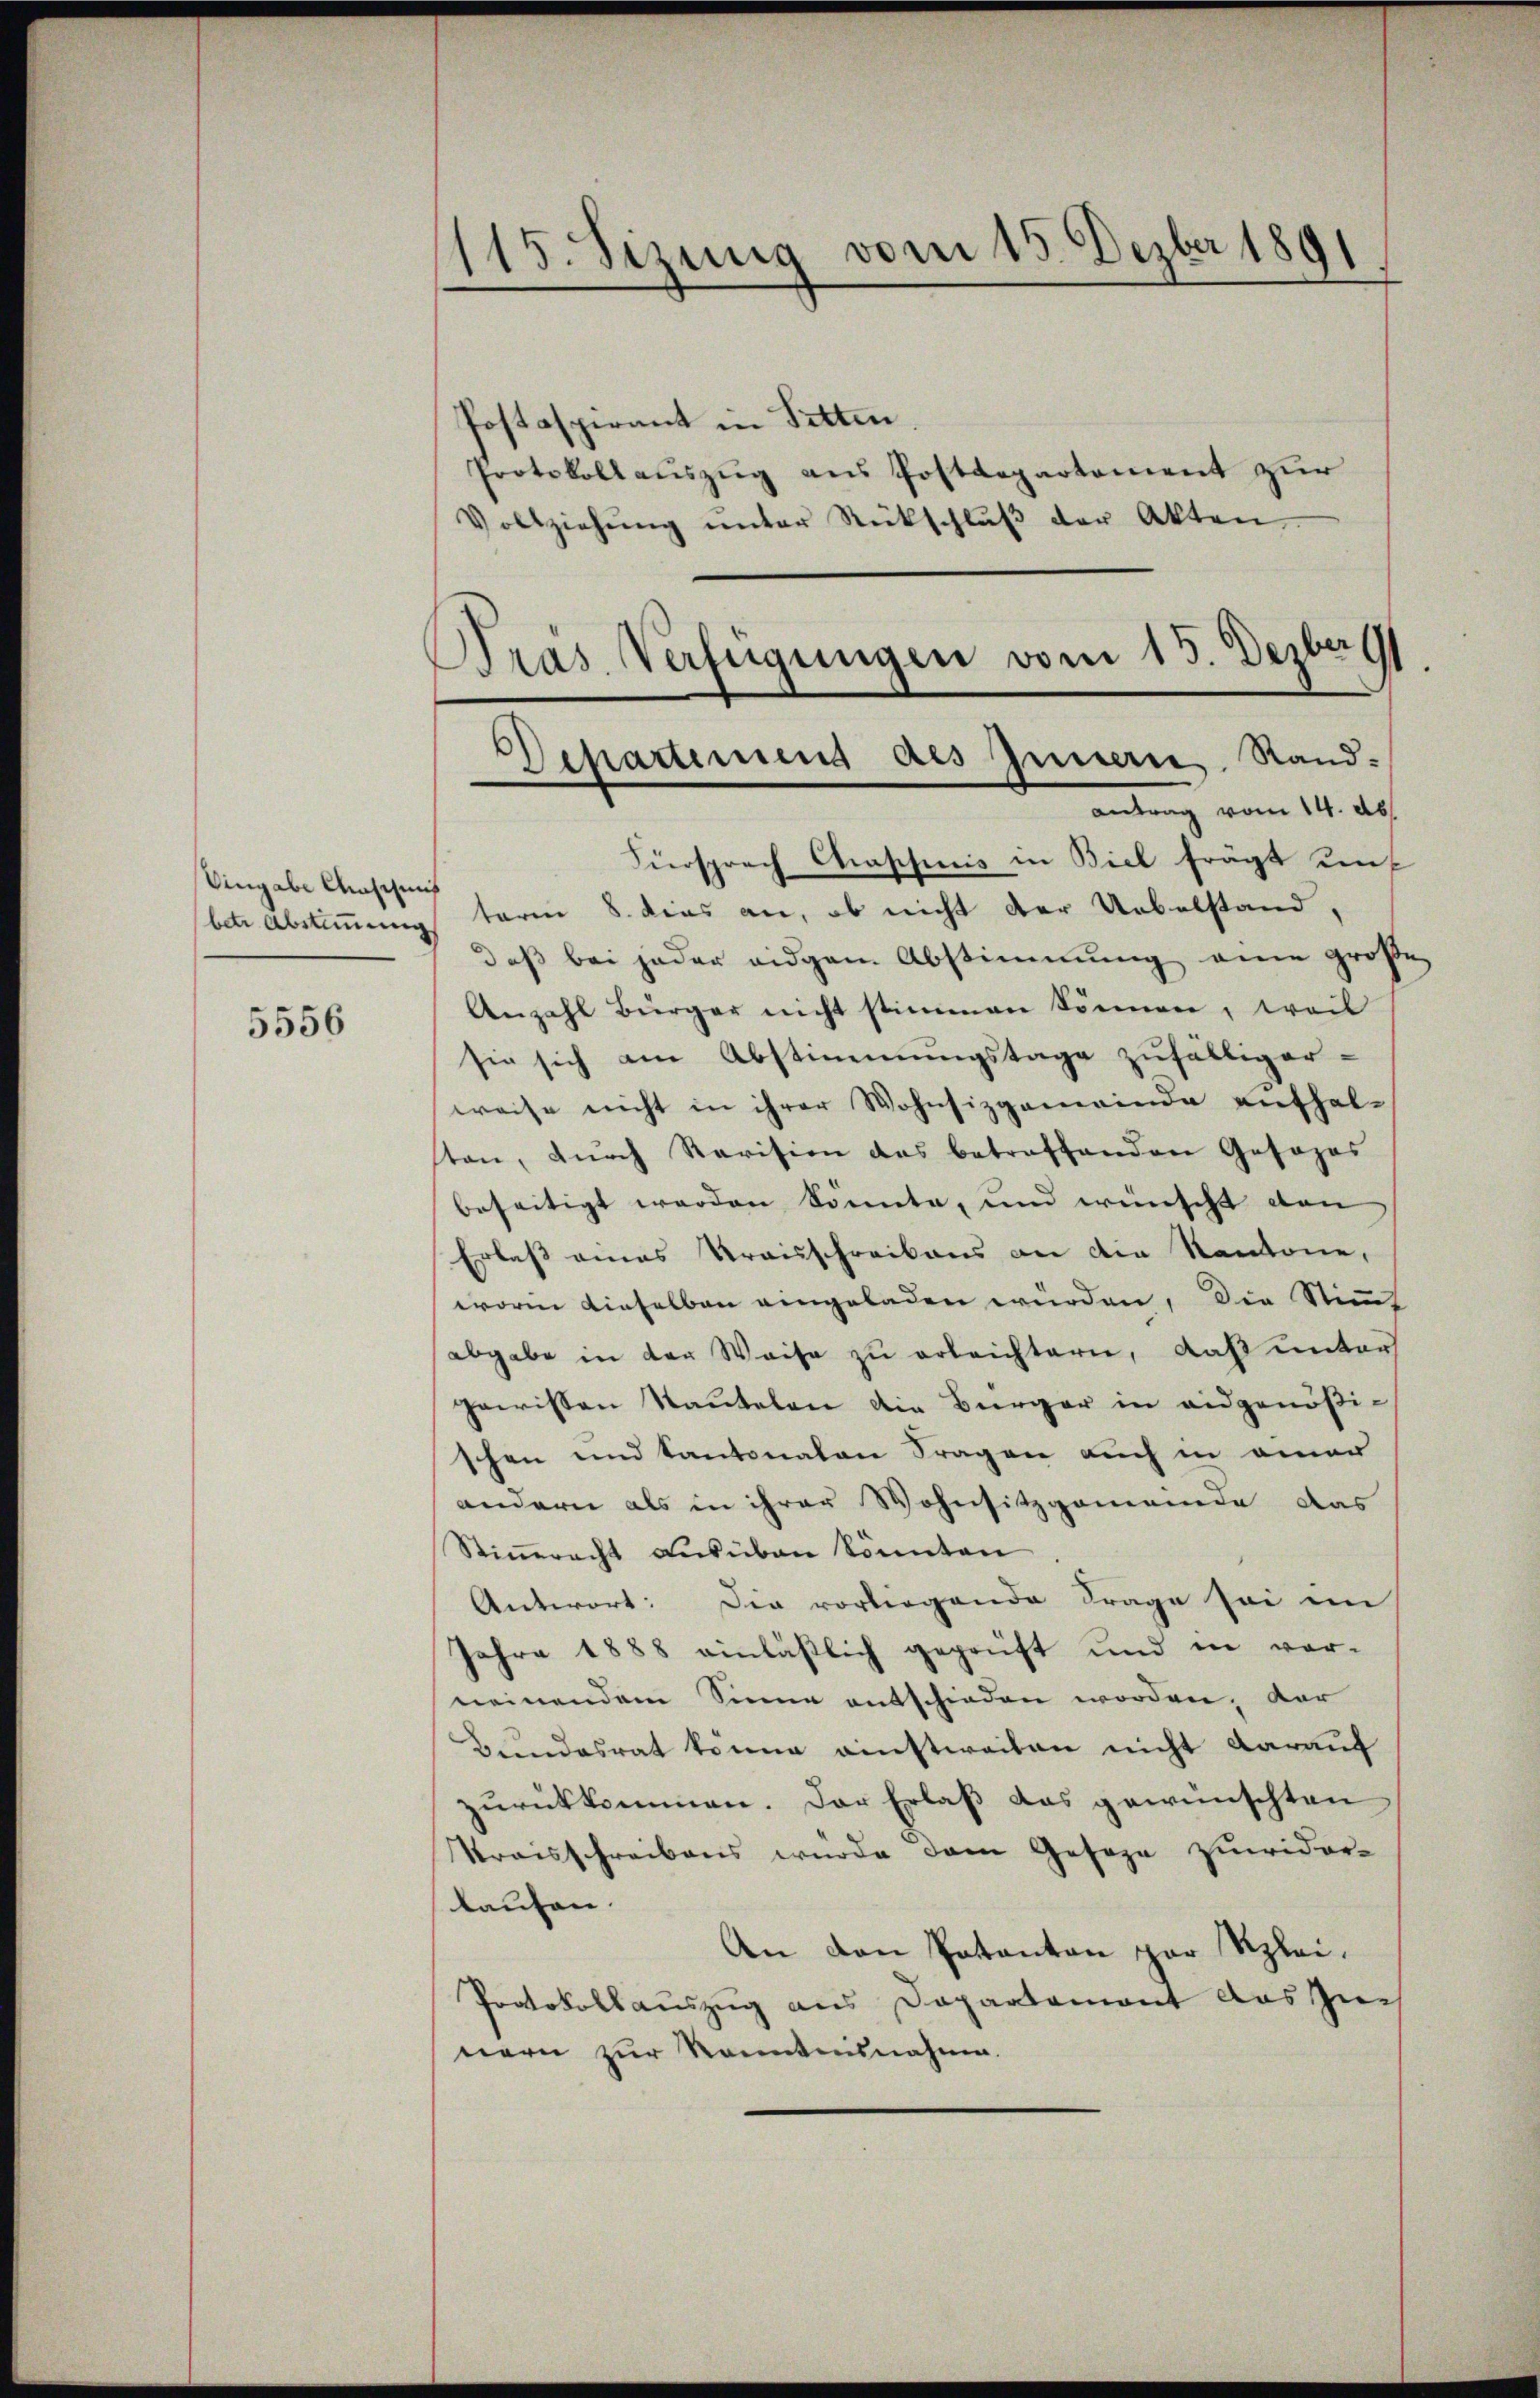
Vingabe Anschens

5556

115. Sizung vom 15. Dezber 1891
Postaspirant in Sitten.
Protokollauszug aus Postdepartement zur
Vollziehŭng ŭnter Rückschlŭβ der Akten.

Pras Verfügungen vom 15. Dezberg
Departirung des Innern Rand¬
Antrag vom 14. Ab

Fürsprach Chaschinis in Biel frägt unt
bete Abstimmung taren 8. dies an, ob nicht der Uebelstand,
daß bei jeder eidgem Abstimmung eine große
Anzahl Bürger nicht stimmen können, weil
sie sich am Abstimmungstage zufälliger-
weise nicht in ihrer Wohnsizgemeinde enthal-
sten, dŭrch Ravision des betreffenden Gosohas
beseitigt werden könnte, und wünscht den
Erlaß eines Kraisschreibens an die Kantone,
worin dieselben eingeladen würden, die Stif
abgabe in der Weise zu erleichtern, daß unter
gewissen Rautelen die Bürger in eidgenößischen und Kantonalen Fragen auch in einer
andern als in ihrer Wohnsitzgemeinde das
Stiṁracht aŭsüben könnten.
Antwort: Die vorliegende Frage sei im
Jahre 1888 einläßlich geprüft und in vor-
neinendem Sinne entschieden worden, dar
Bundesrat könne ainstweiten nicht darauf
zŭrückkommen. Der Erlaß das gewünschten
Kraisschreibens wurde dem Geseze zuwider-
laufen.
An den Patanton par Klei¬
Protokollauszug aus Dapartamont das zu-
nern zur Kenntnisnahme.